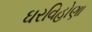
ઘરવિહોણા